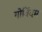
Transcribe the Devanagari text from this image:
गोविंदम